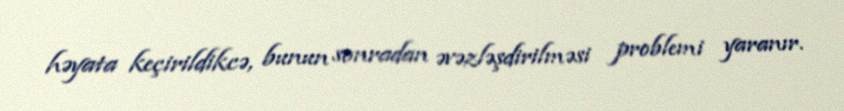
həyata keçirildikcə, bunun sonradan əvəzləşdirilməsi problemi yaranır.